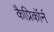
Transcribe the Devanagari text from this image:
कैप्रिकॉर्न